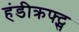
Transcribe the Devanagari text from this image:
हंडीक्रफ्ट्स